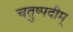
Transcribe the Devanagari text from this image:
चतुष्पदीम्